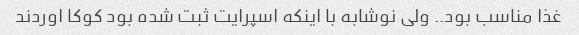
غذا مناسب بود.. ولی نوشابه با اینکه اسپرایت ثبت شده بود کوکا اوردند